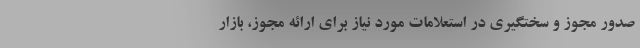
صدور مجوز و سختگیری در استعلامات مورد نیاز برای ارائه مجوز، بازار